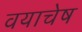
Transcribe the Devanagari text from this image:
वयाचेष